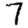
Digit: 7